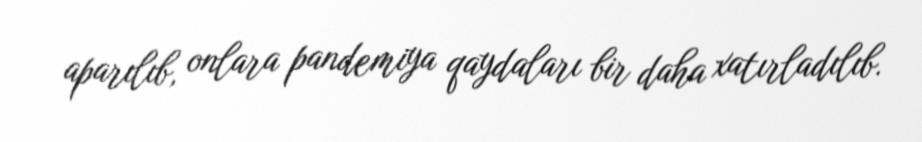
aparılıb, onlara pandemiya qaydaları bir daha xatırladılıb.